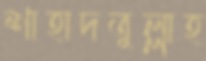
শাহাদতুল্লাহ